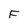
Character: F